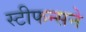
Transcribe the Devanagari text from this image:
स्टीफन्सने